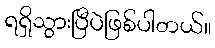
ရရှိသွားပြီပဲဖြစ်ပါတယ်။